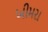
ખીમરા